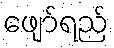
ဖျော်ရည်